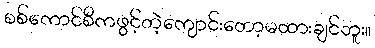
စစ်ကောင်စီကဖွင့်တဲ့ကျောင်းတော့မထားချင်ဘူး။